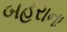
બહરાના